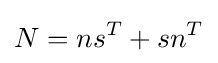
N=ns^{T}+sn^{T}